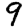
Digit: 9